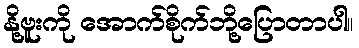
နို့ဗူးကို အောက်စိုက်ဘို့ပြောတာပါ။